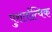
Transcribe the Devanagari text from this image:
पुरार्तात्विक